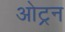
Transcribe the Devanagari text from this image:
ओट्रन